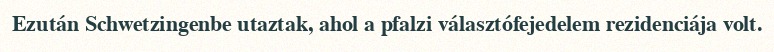
Ezután Schwetzingenbe utaztak, ahol a pfalzi választófejedelem rezidenciája volt.